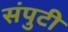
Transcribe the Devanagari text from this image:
संपुटी